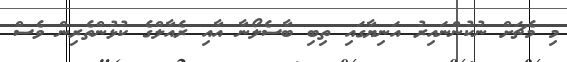
މި މެޗަށް ނުކުންނައިރު އަނިޔާގައި ތިބި ބާސެލޯނާ އާއި ރެއާލްގެ ކުޅުންތެރިން ވެސް